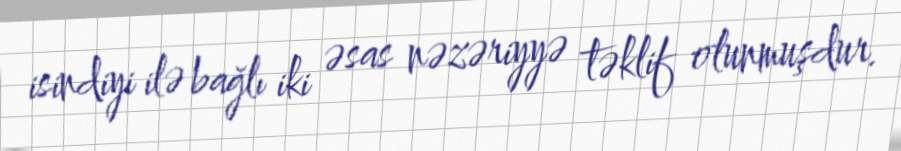
isindiyi ilə bağlı iki əsas nəzəriyyə təklif olunmuşdur.